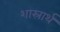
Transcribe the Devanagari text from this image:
शास्रार्थ